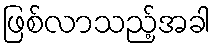
ဖြစ်လာသည့်အခါ